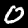
Label: 0